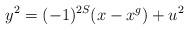
LaTeX: \begin{align*}y^2 = (-1)^{2S}(x-x^g) + u^2\end{align*}